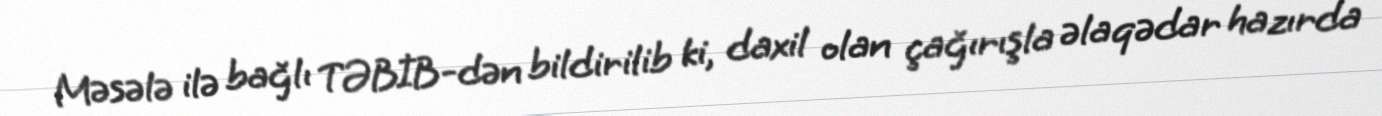
Məsələ ilə bağlı TƏBİB-dən bildirilib ki, daxil olan çağırışla əlaqədar hazırda